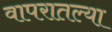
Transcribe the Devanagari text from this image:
वापरातल्या